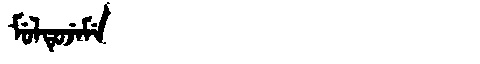
Manchu: ᠮᡠᠯᡨᡠᠵᡝᠮᡝ
Romanization: MULTUJEME